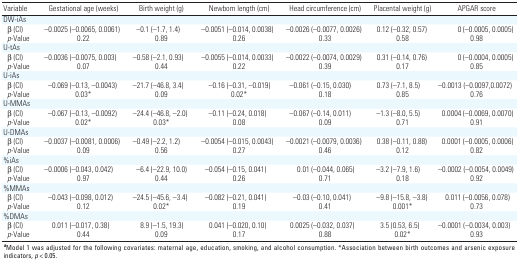
<table><thead><tr><td><b>Variable</b></td><td><b>Gestational age (weeks)</b></td><td><b>Birth weight (g)</b></td><td><b>Newborn length (cm)</b></td><td><b>Head circumference (cm)</b></td><td><b>Placental weight (g)</b></td><td><b>APGAR score</b></td></tr></thead><tbody><tr><td><b>DW-iAs</b></td></tr><tr><td><b>β (CI)</b></td><td>–0.0025 (–0.0065, 0.0061)</td><td>–0.1 (–1.7, 1.4)</td><td>–0.0051 (–0.014, 0.0038)</td><td>–0.0026 (–0.0077, 0.0026)</td><td>0.12 (–0.32, 0.57)</td><td>0 (–0.0005, 0.0005)</td></tr><tr><td><b><i>p</i>-Value</b></td><td>0.22</td><td>0.89</td><td>0.26</td><td>0.33</td><td>0.58</td><td>0.98</td></tr><tr><td><b>U-tAs</b></td></tr><tr><td><b>β (CI)</b></td><td>–0.0036 (–0.0075, 0.003)</td><td>–0.58 (–2.1, 0.93)</td><td>–0.0055 (–0.014, 0.0033)</td><td>–0.0022 (–0.0074, 0.0029)</td><td>0.31 (–0.14, 0.76)</td><td>0 (–0.0004, 0.0005)</td></tr><tr><td><b><i>p</i>-Value</b></td><td>0.07</td><td>0.44</td><td>0.22</td><td>0.39</td><td>0.17</td><td>0.85</td></tr><tr><td><b>U-iAs</b></td></tr><tr><td><b>β (CI)</b></td><td>–0.069 (–0.13, –0.0043)</td><td>–21.7 (–46.8, 3.4)</td><td>–0.16 (–0.31, –0.019)</td><td>–0.061 (–0.15, 0.030)</td><td>0.73 (–7.1, 8.5)</td><td>–0.0013 (–0.0097,0.0072)</td></tr><tr><td><b><i>p</i>-Value</b></td><td>0.03*</td><td>0.09</td><td>0.02*</td><td>0.18</td><td>0.85</td><td>0.76</td></tr><tr><td><b>U‐MMAs</b></td></tr><tr><td><b>β (CI)</b></td><td>–0.067 (–0.13, –0.0092)</td><td>–24.4 (–46.8, –2.0)</td><td>–0.11 (–0.24, 0.018)</td><td>–0.067 (–0.14, 0.011)</td><td>–1.3 (–8.0, 5.5)</td><td>0.0004 (–0.0069, 0.0070)</td></tr><tr><td><b><i>p</i>-Value</b></td><td>0.02*</td><td>0.03*</td><td>0.08</td><td>0.09</td><td>0.71</td><td>0.91</td></tr><tr><td><b>U-DMAs</b></td></tr><tr><td><b>β (CI)</b></td><td>–0.0037 (–0.0081, 0.0006)</td><td>–0.49 (–2.2, 1.2)</td><td>–0.0054 (–0.015, 0.0043)</td><td>–0.0021 (–0.0079, 0.0036)</td><td>0.38 (–0.11, 0.88)</td><td>0.0001 (–0.0005, 0.0006)</td></tr><tr><td><b><i>p</i>-Value</b></td><td>0.09</td><td>0.56</td><td>0.27</td><td>0.46</td><td>0.12</td><td>0.82</td></tr><tr><td><b>%iAs</b></td></tr><tr><td><b>β (CI)</b></td><td>–0.0006 (–0.043, 0.042)</td><td>–6.4 (–22.9, 10.0)</td><td>–0.054 (–0.15, 0.041)</td><td>0.01 (–0.044, 0.065)</td><td>–3.2 (–7.9, 1.6)</td><td>–0.0002 (–0.0054, 0.0049)</td></tr><tr><td><b><i>p</i>-Value</b></td><td>0.97</td><td>0.44</td><td>0.26</td><td>0.71</td><td>0.18</td><td>0.92</td></tr><tr><td><b>%MMAs</b></td></tr><tr><td><b>β (CI)</b></td><td>–0.043 (–0.098, 0.012)</td><td>–24.5 (–45.6, –3.4)</td><td>–0.082 (–0.21, 0.041)</td><td>–0.03 (–0.10, 0.041)</td><td>–9.8 (–15.8, –3.8)</td><td>0.011 (–0.0056, 0.078)</td></tr><tr><td><b><i>p</i>-Value</b></td><td>0.12</td><td>0.02*</td><td>0.19</td><td>0.41</td><td>0.001*</td><td>0.73</td></tr><tr><td><b>%DMAs</b></td></tr><tr><td><b>β (CI)</b></td><td>0.011 (–0.017, 0.38)</td><td>8.9 (–1.5, 19.3)</td><td>0.041 (–0.020, 0.10)</td><td>0.0025 (–0.032, 0.037)</td><td>3.5 (0.53, 6.5)</td><td>–0.0001 (–0.0034, 0.003)</td></tr><tr><td><b><i>p</i>-Value</b></td><td>0.44</td><td>0.09</td><td>0.17</td><td>0.88</td><td>0.02*</td><td>0.93</td></tr><tr><td colspan="7"><sup><i><b>a</b></i></sup>Model 1 was adjusted for the following covariates: maternal age, education, smoking, and alcohol consumption. *Association between birth outcomes and arsenic exposure indicators, <i>p</i> &lt; 0.05.</td></tr></tbody></table>